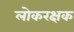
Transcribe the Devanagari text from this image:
लोकरक्षक